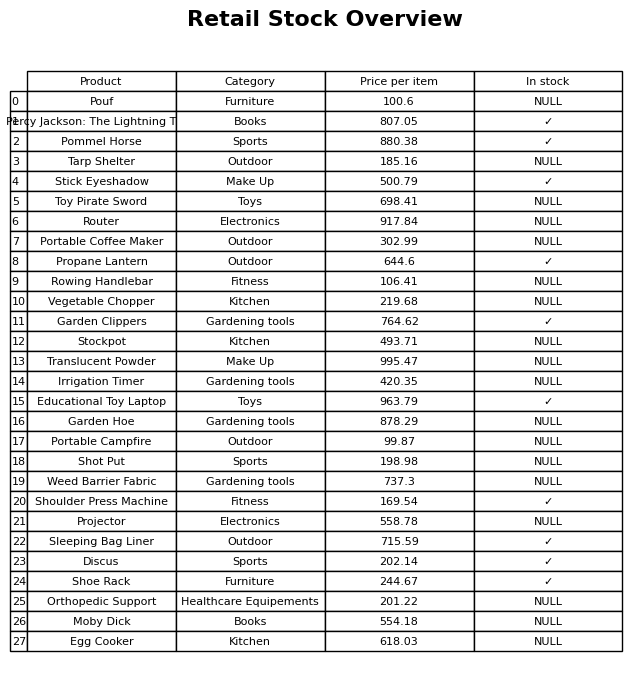
question: Is the Tarp Shelter in stock?
answer: NULL